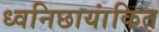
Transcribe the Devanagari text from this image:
ध्वनिछायांकित